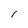
Character: l